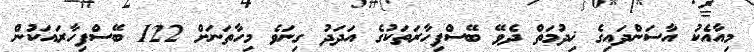
މިއާއެކު އާސަންދައިގެ ޚިދުމަތް ދެވޭ ބޭސްފިހާރަތަކުގެ އަދަދު ގިނަވެ މިހާތަނަށް 122 ބޭސްފިހާރައަކުން